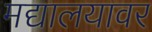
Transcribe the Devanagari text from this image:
मद्यालयावर